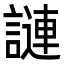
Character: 謰